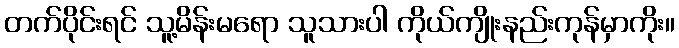
တက်ပိုင်းရင် သူ့မိန်းမရော သူသားပါ ကိုယ်ကျိုးနည်းကုန်မှာကိုး။